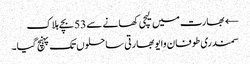
← بھارت میں لیچی کھانے سے 53 بچے ہلاک
سمندری طوفان وایو بھارتی ساحلوں تک پہنچ گیا۔